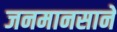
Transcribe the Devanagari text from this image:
जनमानसाने